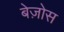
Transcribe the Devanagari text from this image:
बेज़ोस